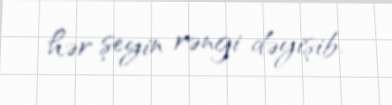
hər şeyin rəngi dəyişib.